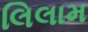
લિલામ